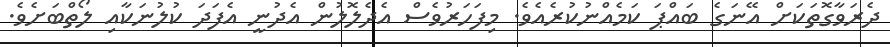
ދެރަވާގޮތަކަށް އޭނަގެ ބައްޕަ ކަމެއްނުކުރެއެވެ. މިފަހަރުވެސް އެދެލޮލުން އެދުނީ އެފަދަ ކުލުނަކާއި ލޯތްބަށެވެ.